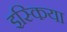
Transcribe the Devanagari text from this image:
इस्किया